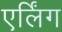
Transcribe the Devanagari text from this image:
एर्लिंग